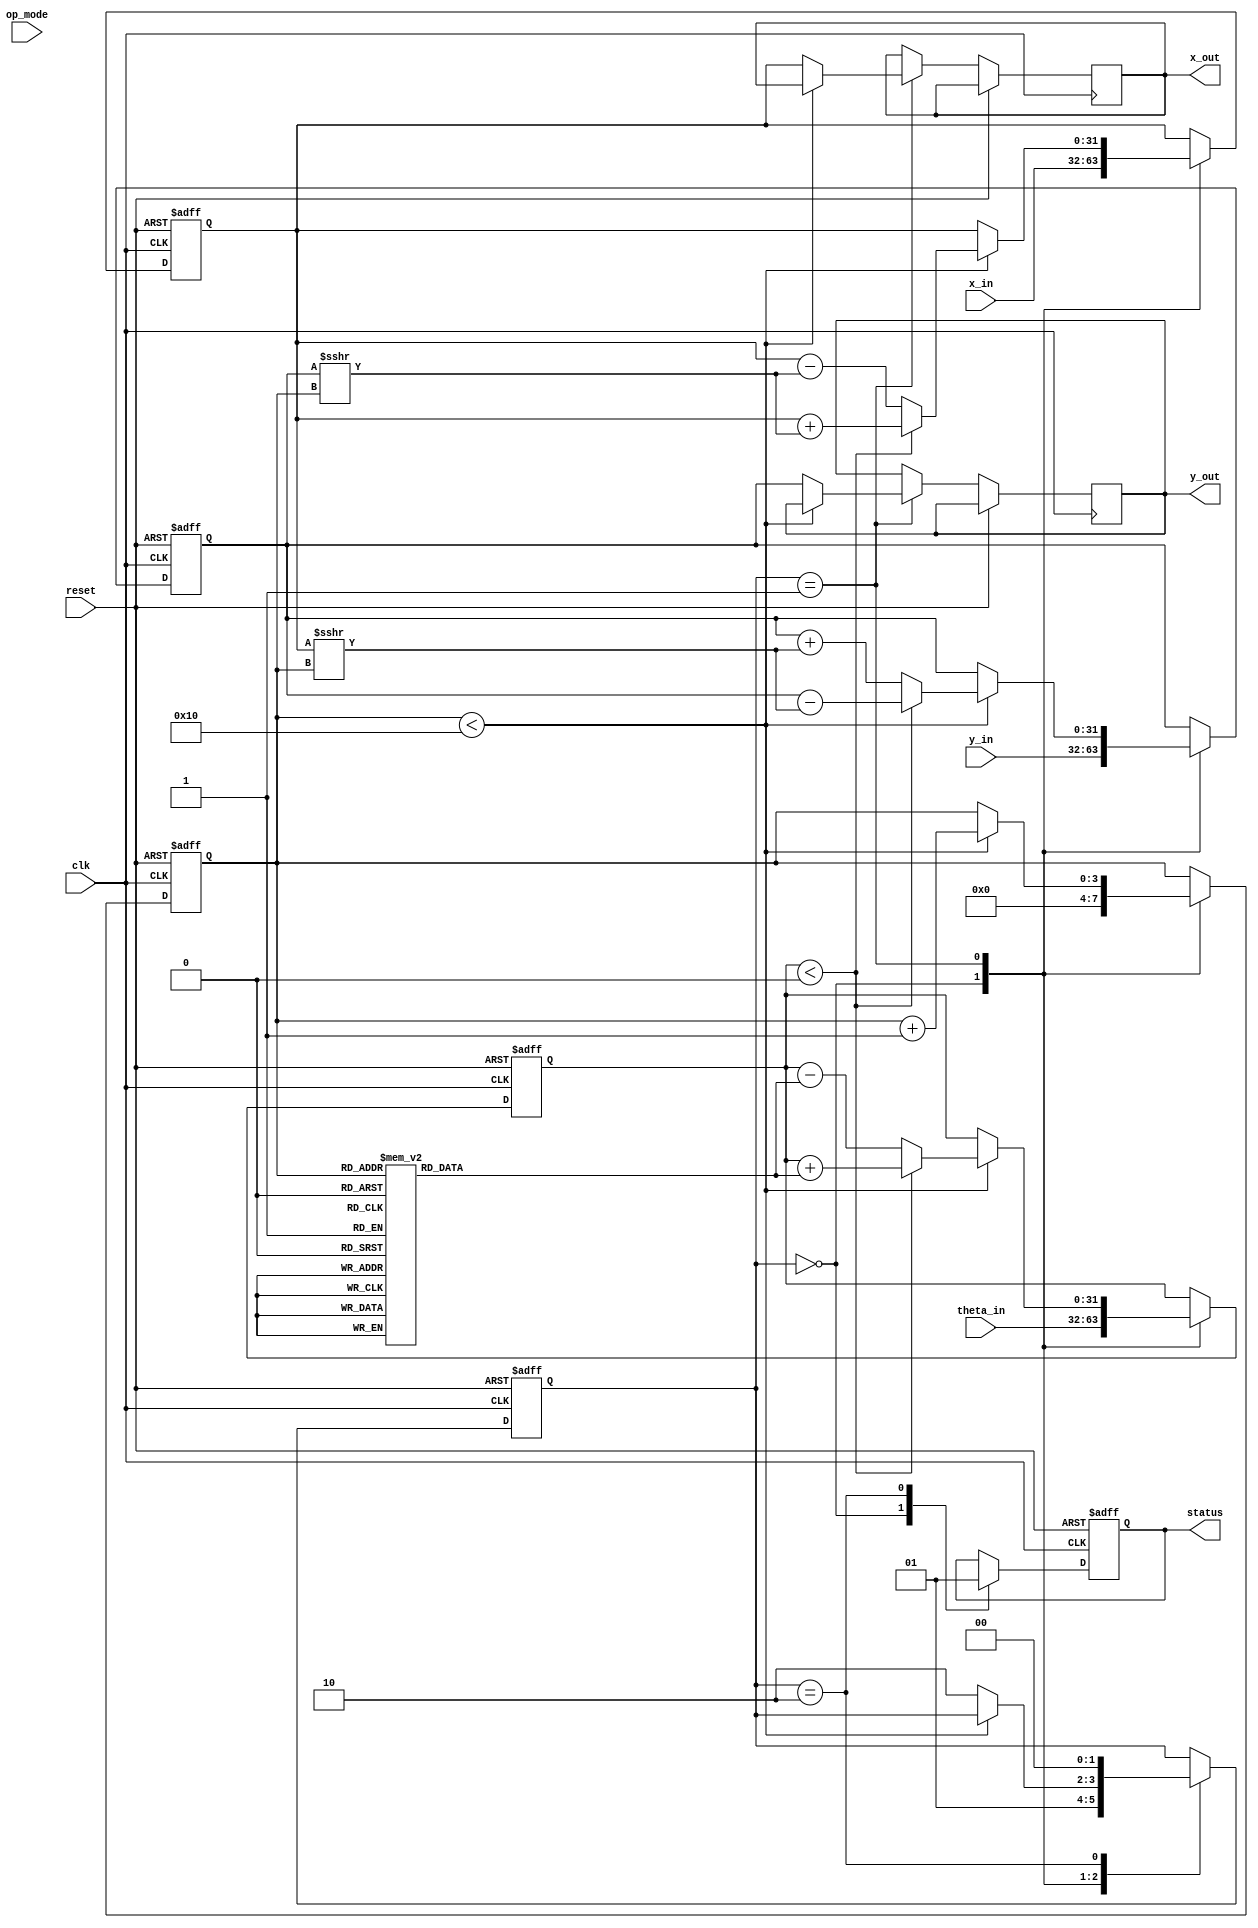
module cordic_floating_point (
    input wire clk,
    input wire reset,
    input wire [31:0] x_in,      // IEEE 754 single-precision floating-point x
    input wire [31:0] y_in,      // IEEE 754 single-precision floating-point y
    input wire [31:0] theta_in,  // Angle for rotation in IEEE 754 format
    input wire [1:0] op_mode,     // Operation mode: 00 - rotation, 01 - vectoring
    output reg [31:0] x_out,      // Output x-coordinate
    output reg [31:0] y_out,      // Output y-coordinate
    output reg status             // Status signal indicating completion
);

// Define parameters and constants
parameter NUM_ITERATIONS = 16; // Number of CORDIC iterations
reg [31:0] angle_table [0:NUM_ITERATIONS-1]; // Predefined angle table
reg [31:0] x, y, z; // Internal registers for x, y, z coordinates
reg [3:0] iteration; // Iteration counter
reg [1:0] state; // FSM state
reg [31:0] gain; // Gain compensation factor

// Initialize angle table (in radians, IEEE 754 format)
initial begin
    angle_table[0] = 32'h00000000; // 0
    angle_table[1] = 32'h3F19999A; // /4
    angle_table[2] = 32'h3F2AAAAA; // /8
    angle_table[3] = 32'h3F2C71C7; // /16
    // ... fill in the rest of the angles
end

// FSM states
localparam IDLE = 2'b00, COMPUTE = 2'b01, DONE = 2'b10;

// Main process
always @(posedge clk or posedge reset) begin
    if (reset) begin
        x <= 32'b0;
        y <= 32'b0;
        z <= 32'b0;
        iteration <= 0;
        state <= IDLE;
        status <= 0;
    end else begin
        case (state)
            IDLE: begin
                // Load inputs and initialize variables
                x <= x_in;
                y <= y_in;
                z <= theta_in;
                iteration <= 0;
                state <= COMPUTE;
                status <= 0;
            end
            COMPUTE: begin
                if (iteration < NUM_ITERATIONS) begin
                    // CORDIC rotation logic
                    if (z < 0) begin
                        x <= x + (y >>> iteration);
                        y <= y - (x >>> iteration);
                        z <= z + angle_table[iteration];
                    end else begin
                        x <= x - (y >>> iteration);
                        y <= y + (x >>> iteration);
                        z <= z - angle_table[iteration];
                    end
                    iteration <= iteration + 1;
                end else begin
                    // Apply gain compensation
                    x_out <= x; // Apply gain factor if needed
                    y_out <= y; // Apply gain factor if needed
                    state <= DONE;
                end
            end
            DONE: begin
                status <= 1; // Indicate completion
                state <= IDLE; // Return to IDLE state for next operation
            end
        endcase
    end
end

endmodule